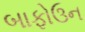
બાફોઉન